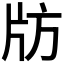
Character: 𰠚